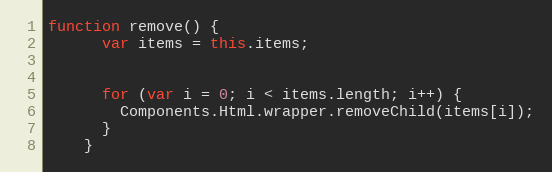
Language: JavaScript
function remove() {
      var items = this.items;

      for (var i = 0; i < items.length; i++) {
        Components.Html.wrapper.removeChild(items[i]);
      }
    }